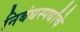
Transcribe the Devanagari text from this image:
निबंधस्पर्धांचे